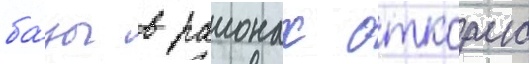
ба́зы в раионах откорма